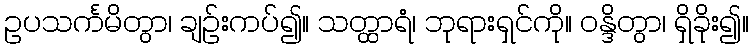
ဥပသင်္ကမိတွာ၊ ချဉ်းကပ်၍။ သတ္ထာရံ၊ ဘုရားရှင်ကို။ ဝန္ဒိတွာ၊ ရှိခိုး၍။